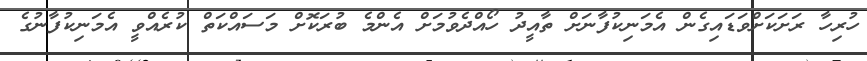
ހުރިހާ ރަށަކަށްވަޑައިގެން އެމަނިކުފާނަށް ތާއީދު ހޯއްދެވުމަށް އެންމެ ބުރަކޮށް މަސައްކަތް ކުރެއްވީ އެމަނިކުފާނުގެ